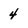
Character: 4